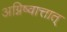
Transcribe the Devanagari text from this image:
अग्निष्वात्तात्